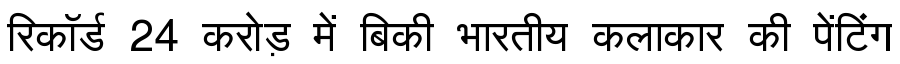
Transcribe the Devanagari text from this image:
रिकॉर्ड 24 करोड़ में बिकी भारतीय कलाकार की पेंटिंग